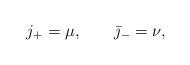
LaTeX: \begin{align*}j_+ = \mu, \qquad \bar \jmath_- = \nu, \end{align*}